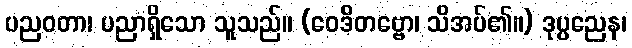
ပညဝတာ၊ ပညာရှိသော သူသည်။ (ဝေဒိတဗ္ဗော၊ သိအပ်၏။) ဒုပ္ပညေန၊